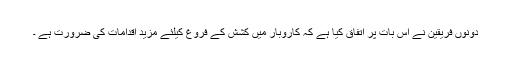
دونوں فریقین نے اس بات پر اتفاق کیا ہے کہ کاروبار میں کشش کے فروغ کیلئے مزید اقدامات کی ضرورت ہے ۔